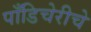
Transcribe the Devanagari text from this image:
पाँडिचेरीचे